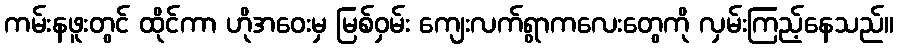
ကမ်းနဖူးတွင် ထိုင်ကာ ဟိုအဝေးမှ မြစ်ဝှမ်း ကျေးလက်ရွာကလေးတွေကို လှမ်းကြည့်နေသည်။